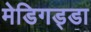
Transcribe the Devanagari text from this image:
मेडिगड्डा